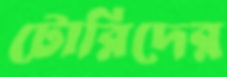
টোরিদের